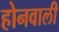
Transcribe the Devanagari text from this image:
होनवाली